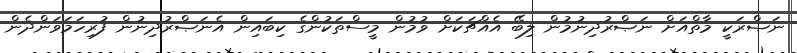
ނަޞްރަކީ މާތްއަށް ނަޞްރުދިނުމުން ލިބޭ އެއްޗަކަށް ވުމުން މީސްތަކުންގެ ކިބައިން އެނަޞްރުދިނުން ފުރިހަމަވަންދެން